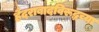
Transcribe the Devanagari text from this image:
हैदराबादविरूद्धच्या